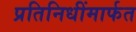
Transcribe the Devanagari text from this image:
प्रतिनिधींमार्फत